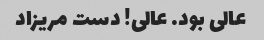
عالی بود. عالی! دست مریزاد